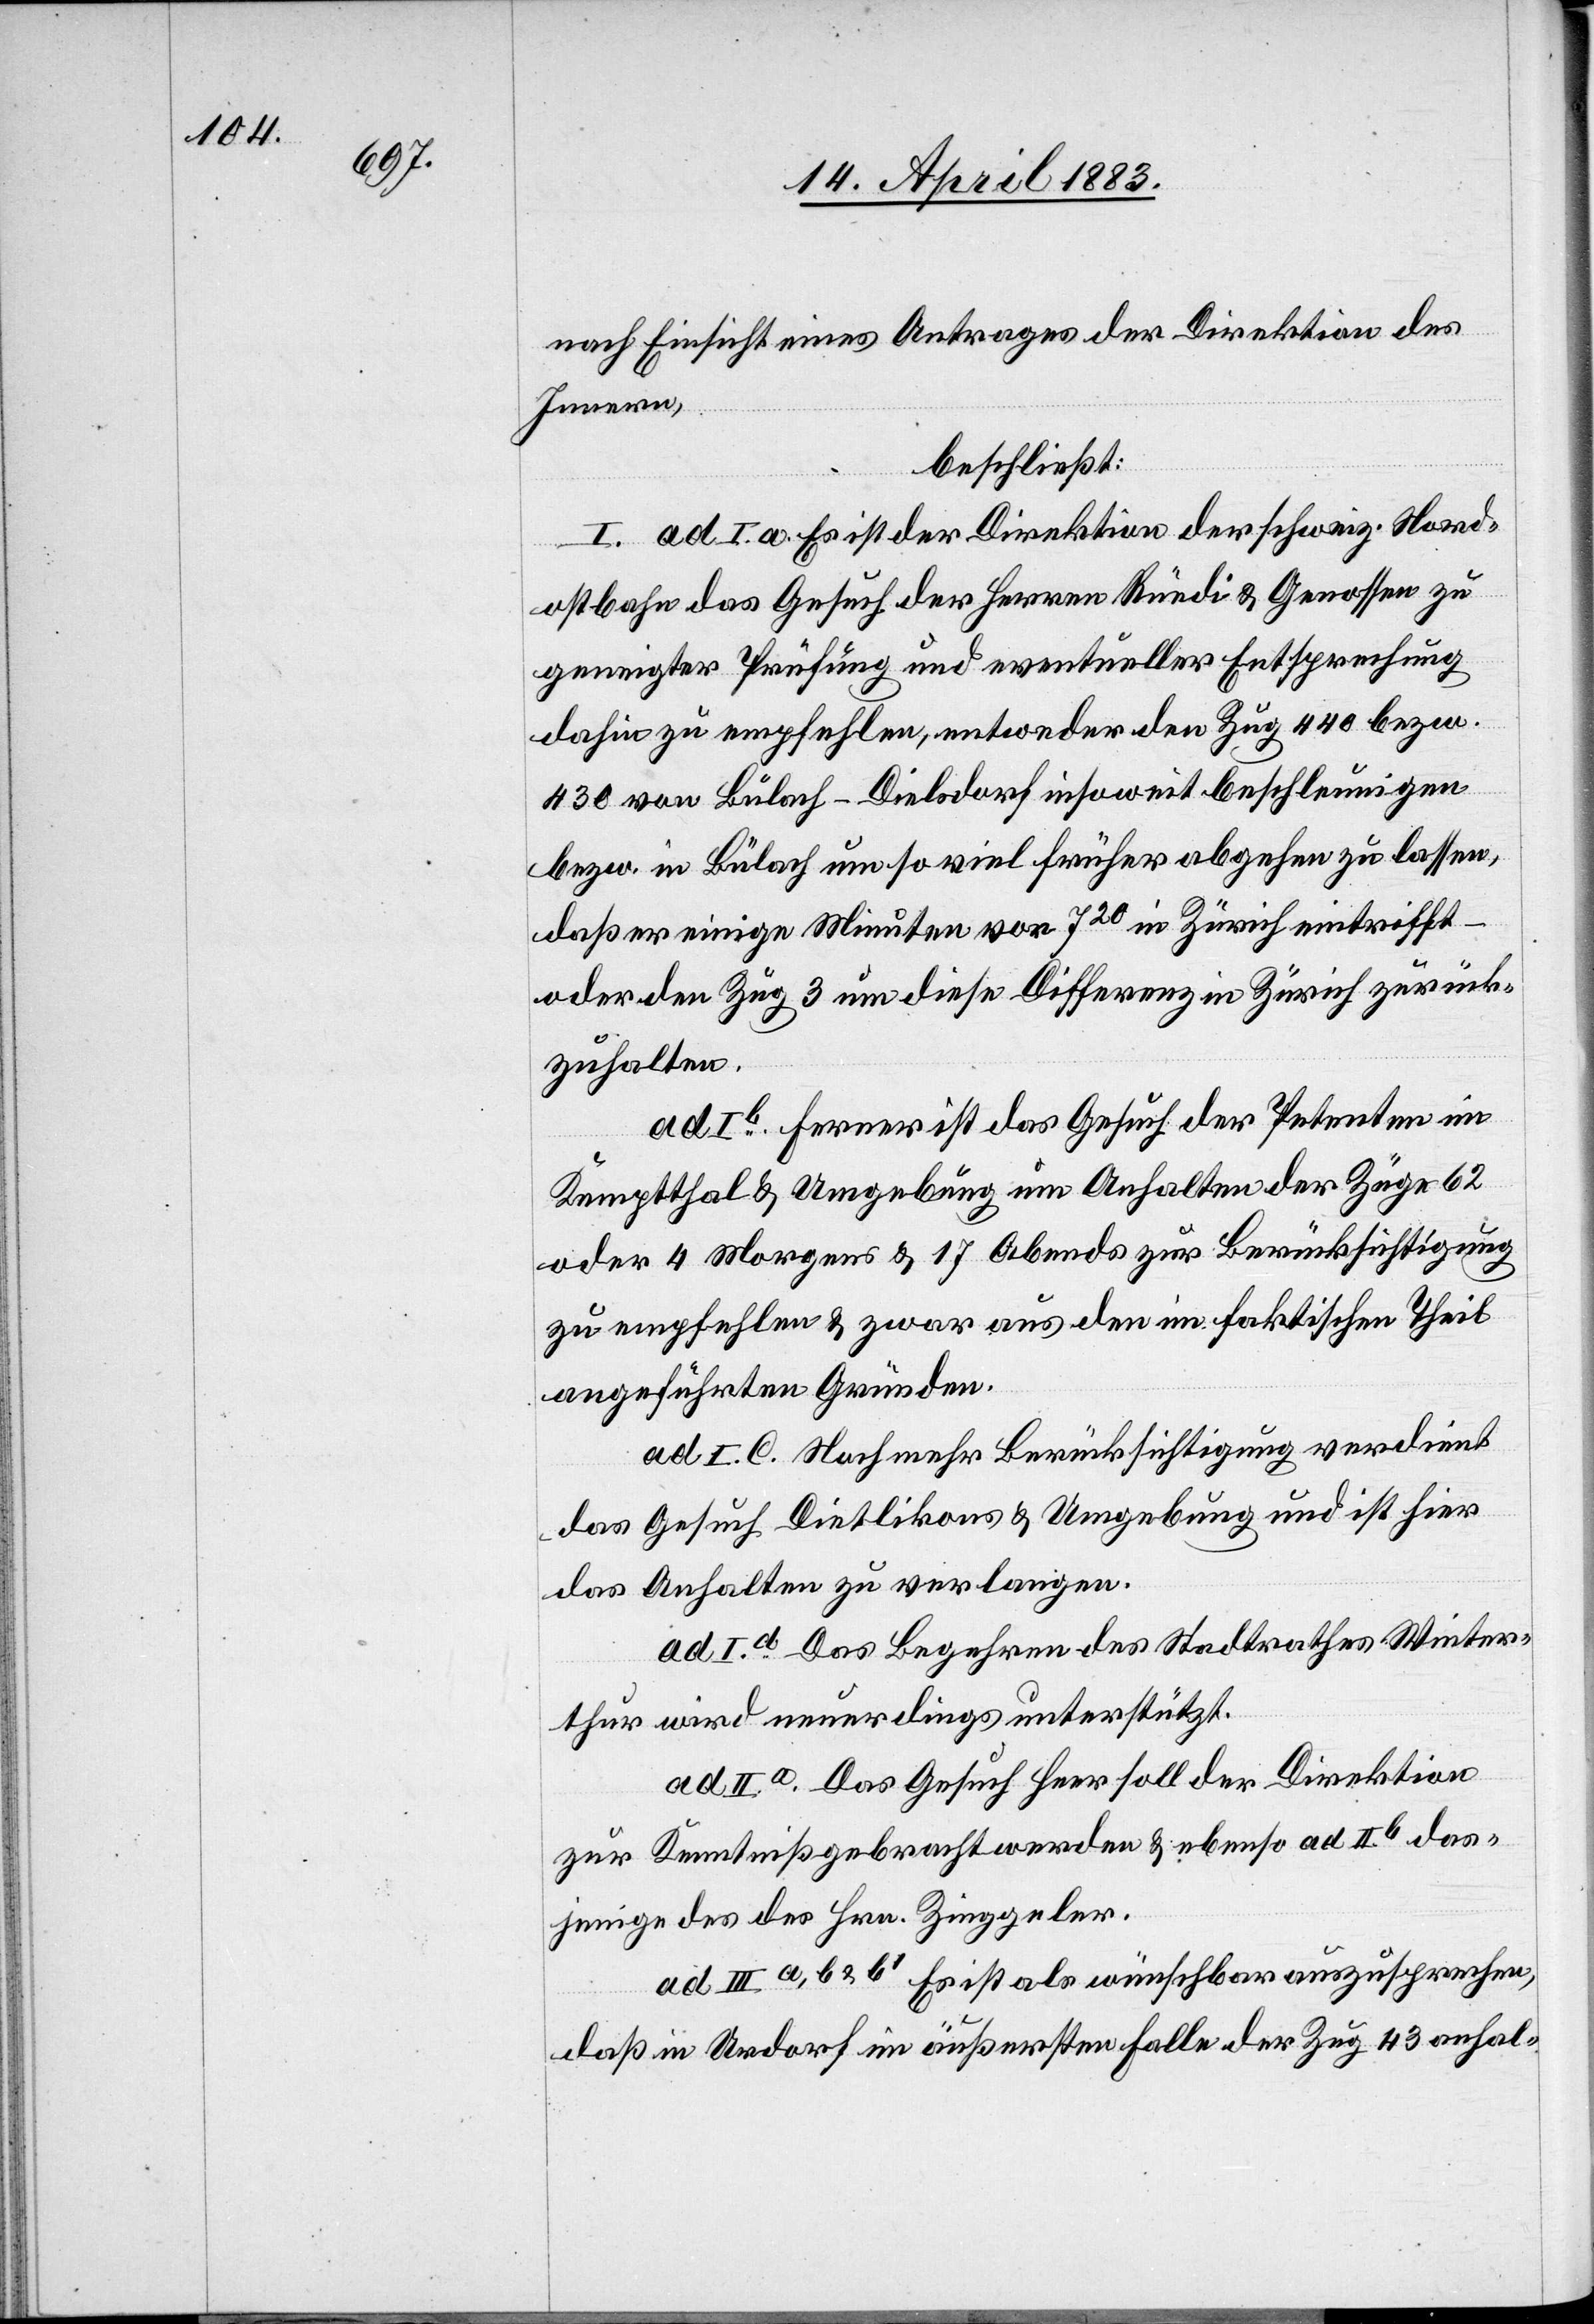
nach Einsicht eines Antrages der Direktion des
Innern,
beschließt:
I. ad I. a. Es ist der Direktion der schweiz. Nord¬
ostbahn das Gesuch der Herren Rüedi & Genossen zu
geneigter Prüfung und eventueller Entsprechung
dahin zu empfehlen, entweder den Zug 440 bezw.
430 von Bülach–Dielsdorf insoweit beschleunigen
bezw. in Bülach um so viel früher abgehen zu lassen,
daß er einige Minuten vor 720 in Zürich eintritt –
oder den Zug 3 um diese Differenz in Zürich zurück¬
zuhalten.
ad Ib. Ferner ist das Gesuch der Petenten im
Kemptthal & Umgebung um Anhalten der Züge 62
oder 4 Morgens & 17 Abends zur Berücksichtigung
zu empfehlen & zwar aus den im faktischen Theil
angeführten Gründen.
ad I C. Noch mehr Berücksichtigung verdient
das Gesuch Dietlikons & Umgebung und ist hier
das Anhalten zu verlangen.
ad Id Das Begehren des Stadtrathes Winter¬
thur wird neuerdings unterstützt.
ad IIa Das Gesuch Heer soll der Direktion
zur Kenntniß gebracht werden & ebnso ad IIb das¬
jenige des des [sic!] Hrn. Zinggeler.
ad IIIa, b & b1 Es ist als wünschbar auszusprechen,
das in Urdorf im äußersten Falle der Zug 43 anhal-